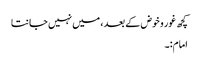
کچھ غور و خوض کے بعد ، میں نہیں جانتا
امام:۔